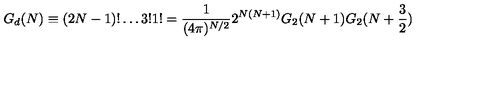
G _ { d } ( N ) \equiv ( 2 N - 1 ) ! \ldots 3 ! 1 ! = { \frac { 1 } { ( 4 \pi ) ^ { N / 2 } } } 2 ^ { N ( N + 1 ) } G _ { 2 } ( N + 1 ) G _ { 2 } ( N + { \frac { 3 } { 2 } } )